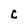
Character: C